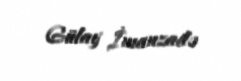
Gülay İmanzadə